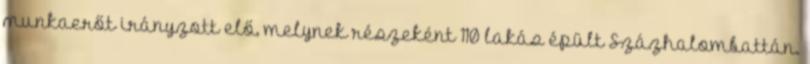
munkaerőt irányzott elő, melynek részeként 110 lakás épült Százhalombattán.